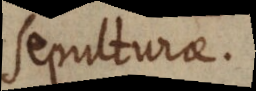
sepulturae.